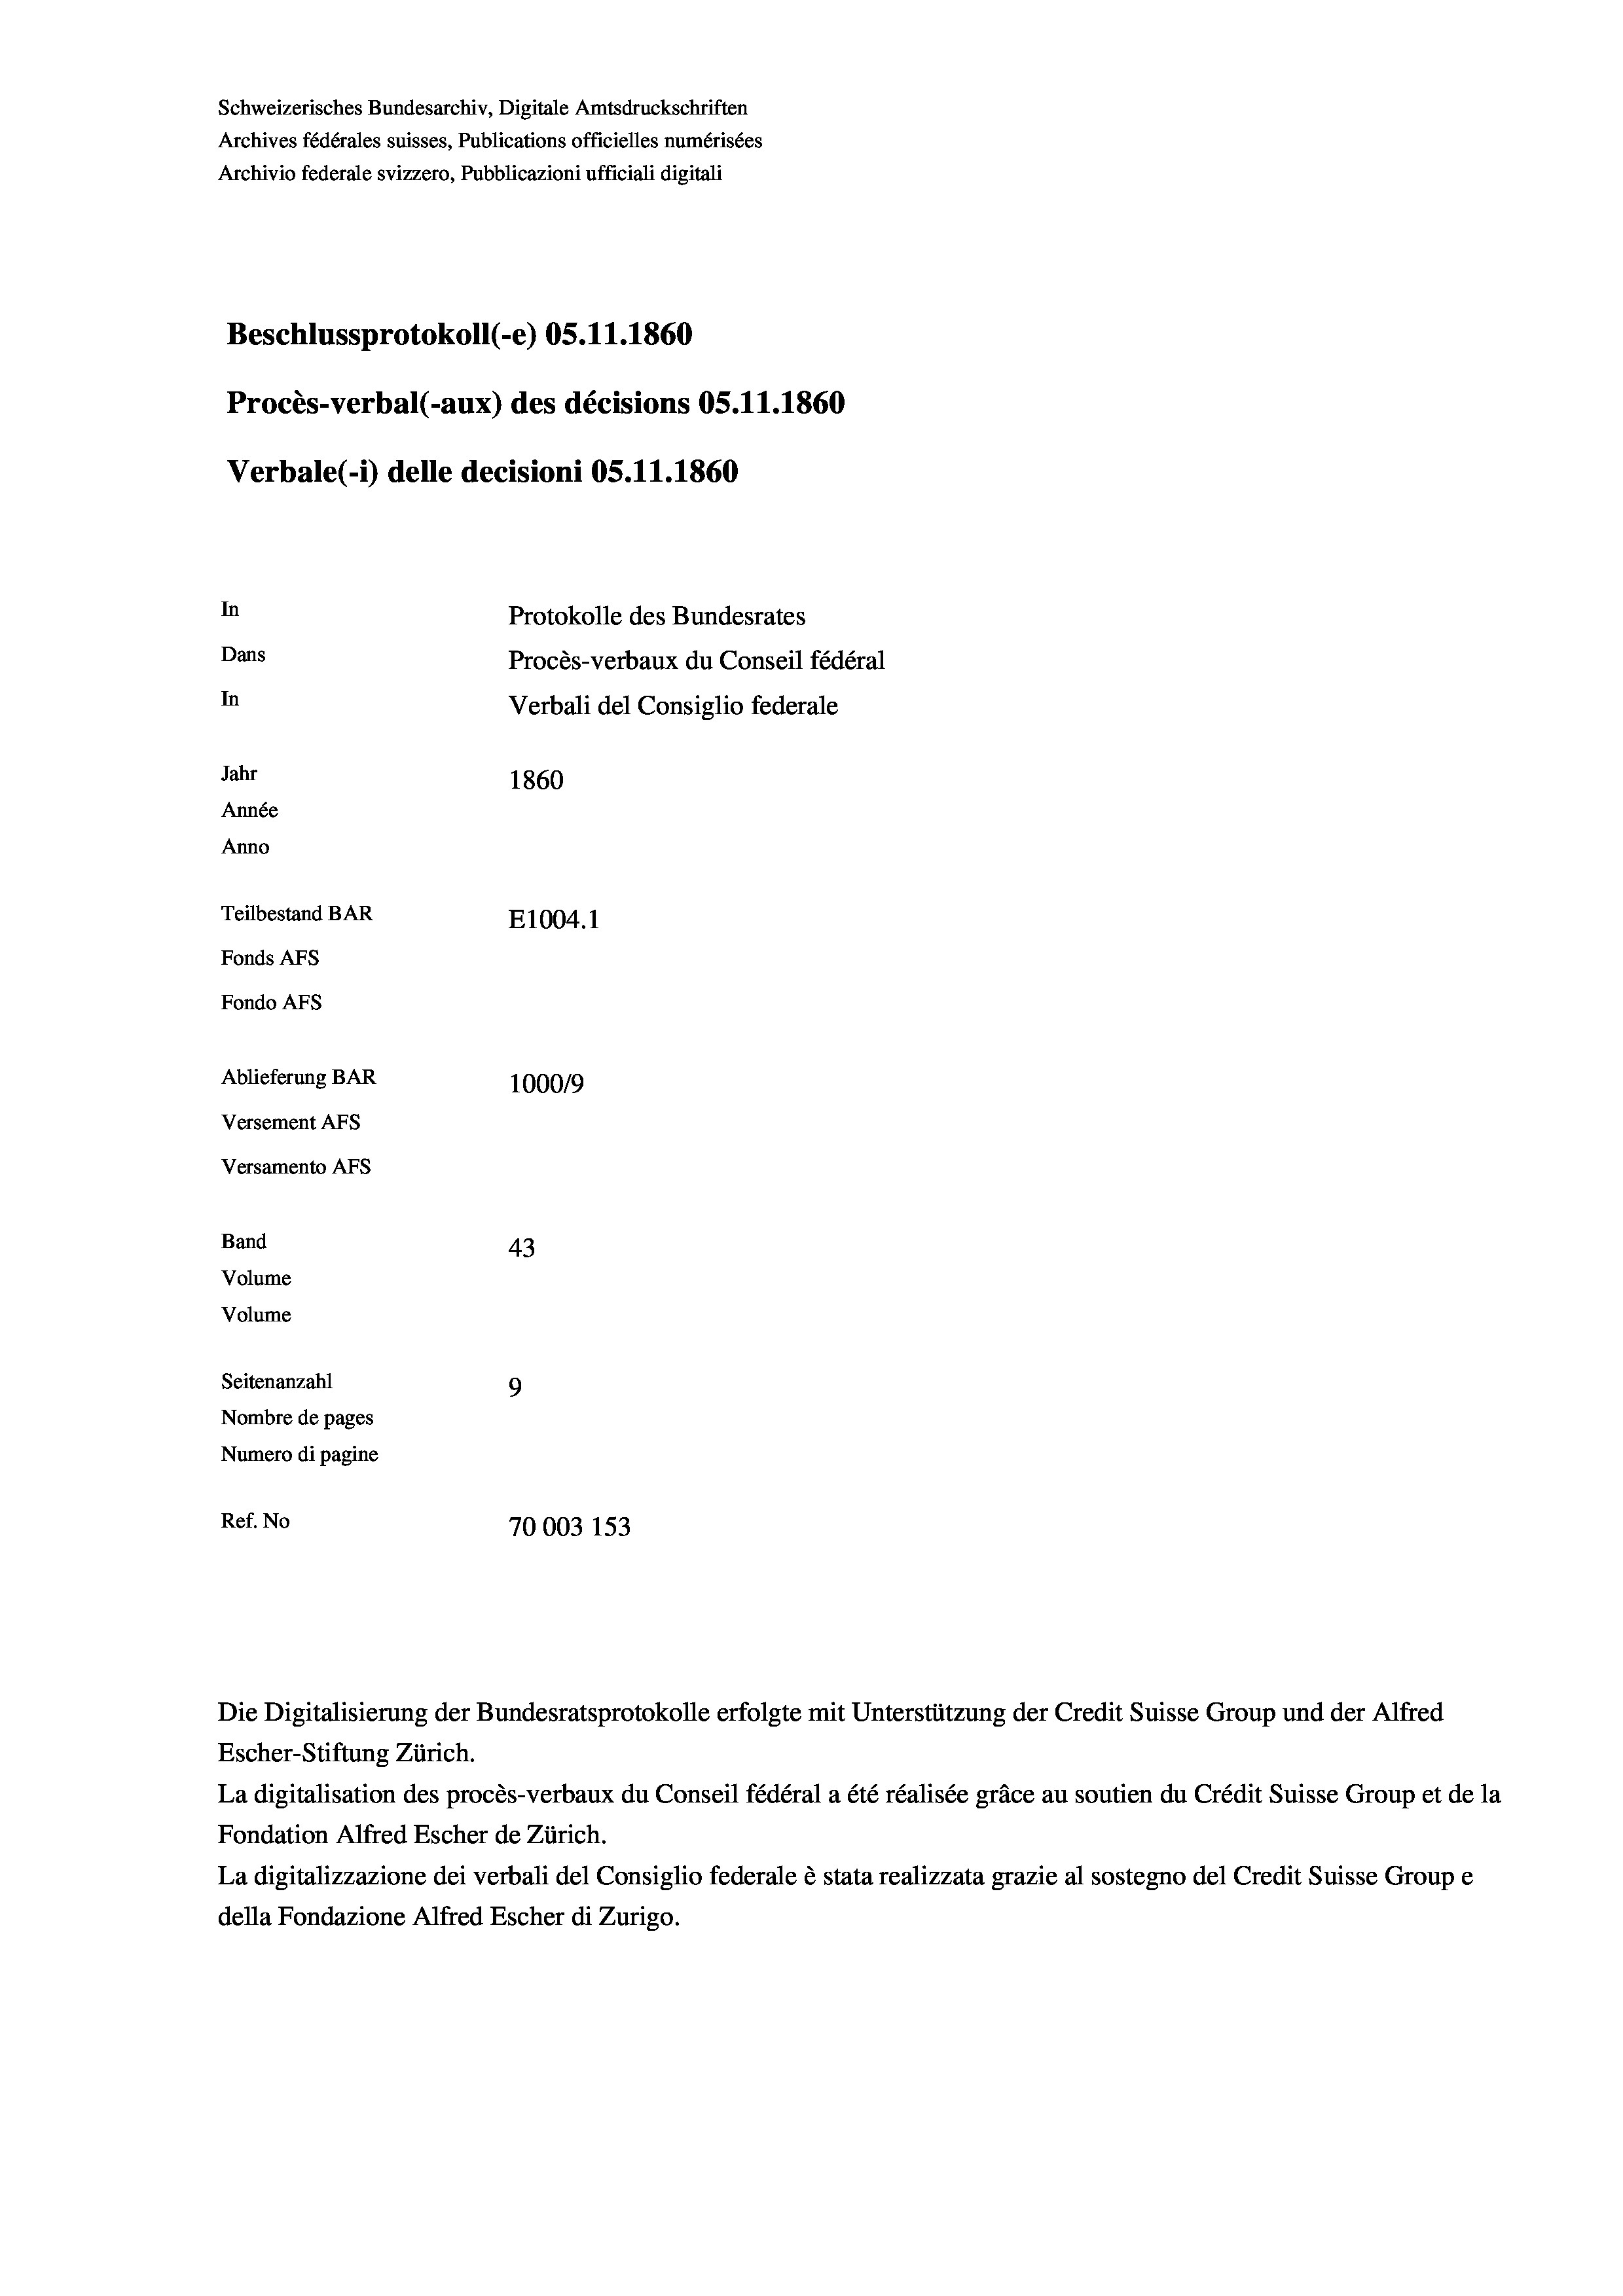
Schweizerisches Bundesarchiv, Digitale Amtsdruckschriften
Archives fédérales suisses, Publications officielles numérisées
Archivio federale svizzero, Pubblicazioni ufficiali digitali
Beschlussprotokoll (-e) OS.11.1860
Procès-verbal (-aux) des décisions OS.11.1860
Verbale (i) delle decisioni OS.11.1860
In
Protokolle des Bundesrates
Dans
Procès-verbaux du Conseil fédéral
In
Verbali del Consiglio federale
Jahr
1860
Année
Anno
Teilbestand BAR
E1004. 1
Fonds Afs
Fondo AFs
Ablieferung BAR
100019
Versement Abs

43
9
Nombre de pages
Numero di pagine
Ref. No
70003 153

Versamento Afs
Band
Volume
Volume
Seitenanzahl

Escher-Stiftung Zürich.
La digitalisation des procès-verbaux du Conseil fédéral a été réalisée gräce au soutien du Crédit Suisse Group et de la
Fondation Alfred Escher de Zürich.
La digitalizzazione dei verbali del Consiglio federale è stata realizzata grazie al sostegno del Credit Suisse Groupe
della Fondazione Alfred Escher di Zurigo.

Die Digitalisierung der Bundesratsprotokolle erfolgte mit Unterstützung der Credit Suisse Group und der Alfred